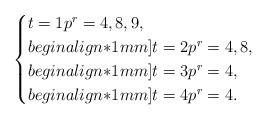
\begin{align*}\begin{cases}t = 1 p^r = 4, 8, 9,\\begin{align*}1mm]t = 2 p^r = 4,8,\\begin{align*}1mm]t = 3 p^r = 4,\\begin{align*}1mm]t = 4 p^r = 4.\end{cases}\end{align*}